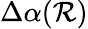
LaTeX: \Delta\alpha(\mathcal{R})